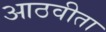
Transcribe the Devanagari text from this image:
आठवीता